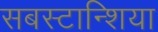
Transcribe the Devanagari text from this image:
सबस्टान्शिया